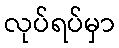
လုပ်ရပ်မှာ